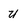
Character: u